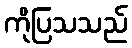
ကိုပြသသည်